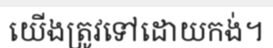
យើងត្រូវទៅដោយកង់។